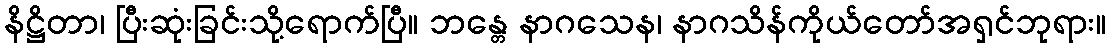
နိဋ္ဌိတာ၊ ပြီးဆုံးခြင်းသို့ရောက်ပြီ။ ဘန္တေ နာဂသေန၊ နာဂသိန်ကိုယ်တော်အရှင်ဘုရား။